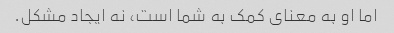
اما او به معنای کمک به شما است، نه ایجاد مشکل.